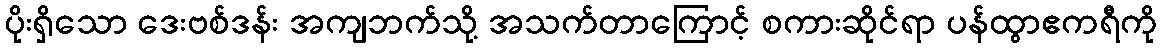
ပိုးရှိသော ဒေးဗစ်ဒန်း အကျဘက်သို့ အသက်တာကြောင့် စကားဆိုင်ရာ ပန်ထွာဧကရီကို